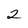
Character: 2